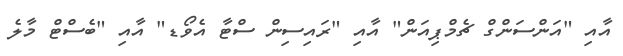
އާއި "އަންސަންގް ޗެމްޕިއަން" އާއި "ރައިސިން ސްޓާ އެވޯޑ" އާއި "ބެސްޓް މާލެ